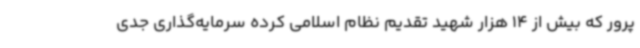
پرور که بیش از 14 هزار شهید تقدیم نظام اسلامی کرده سرمایه‌گذاری جدی